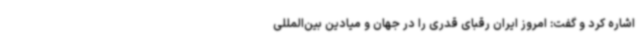
اشاره کرد و گفت: امروز ایران رقبای قدری را در جهان و میادین بین‌المللی